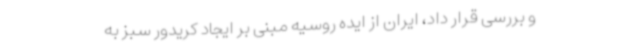
و بررسی قرار داد، ایران از ایده روسیه مبنی بر ایجاد کریدور سبز به